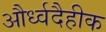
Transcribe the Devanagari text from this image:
और्ध्वदैहीक